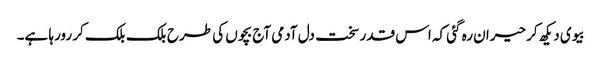
بیوی دیکھ کر حیران رہ گئی کہ اس قدر سخت دل آدمی آج بچوں کی طرح بلک بلک کر رورہا ہے۔